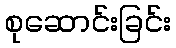
စုဆောင်းခြင်း